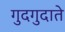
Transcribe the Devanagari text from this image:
गुदगुदाते